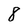
Character: 8